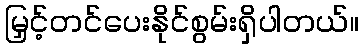
မြှင့်တင်ပေးနိုင်စွမ်းရှိပါတယ်။